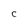
Character: C